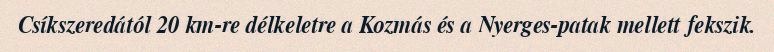
Csíkszeredától 20 km-re délkeletre a Kozmás és a Nyerges-patak mellett fekszik.